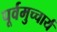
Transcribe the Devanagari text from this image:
पूर्वमुच्चार्य